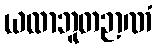
ယထာဘူတဉာဏံ